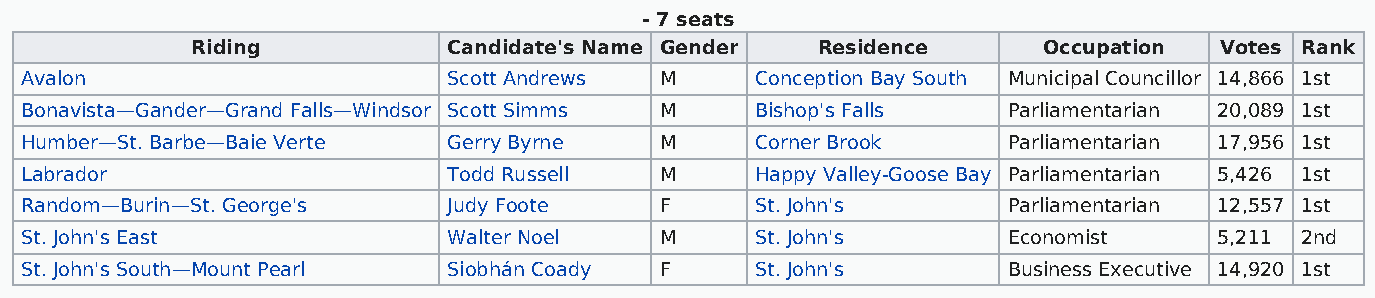
- 7 seats
 Riding           Candidate's Name Gender Residence      Occupation  Votes Rank
 Avalon                       Scott Andrews M     Conception Bay South Municipal Councillor 14,866 1st
 Bonavista—Gander—Grand Falls—Windsor Scott Simms M Bishop's Falls Parliamentarian 20,089 1st
 Humber—St. Barbe—Baie Verte  Gerry Byrne   M     Corner Brook     Parliamentarian 17,956 1st
 Labrador                     Todd Russell  M     Happy Valley-Goose Bay Parliamentarian 5,426 1st
 Random—Burin—St. George's    Judy Foote    F     St. John's       Parliamentarian 12,557 1st
 St. John's East              Walter Noel   M     St. John's       Economist     5,211 2nd
 St. John's South—Mount Pearl Siobhán Coady F     St. John's       Business Executive 14,920 1st